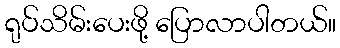
ရုပ်သိမ်းပေးဖို့ ပြောလာပါတယ်။